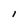
Character: 1